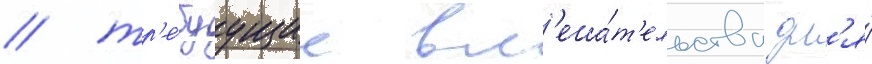
/ тр'е́буущие вм'еша́т'ельства дл'я́